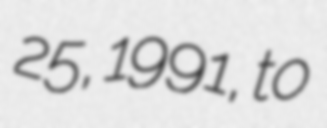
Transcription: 25, 1991, to